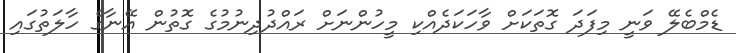
ޑެމްބެލޭ ވަނީ މިފަދަ ގޮތަކަށް ވާހަކަދެއްކި މީހުންނަށް ރައްދުދިނުމުގެ ގޮތުން އޭނާގެ ހާލަތުގައި